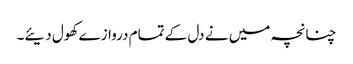
چنانچہ میں نے دل کے تمام دروازے کھول دیئے۔